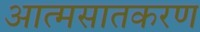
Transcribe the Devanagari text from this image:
आत्मसातकरण